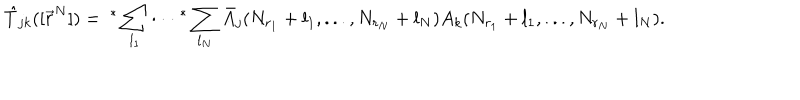
\hat { T } _ { j k } ( [ \vec { r } ^ { N } ] ) = \ ^ { * } \sum _ { l _ { 1 } } \cdot \cdot \cdot \ ^ { * } \sum _ { l _ { N } } \bar { A } _ { j } ( N _ { r _ { 1 } } + l _ { 1 } , . . . , N _ { r _ { N } } + l _ { N } ) A _ { k } ( N _ { r _ { 1 } } + l _ { 1 } , . . . , N _ { r _ { N } } + l _ { N } ) .